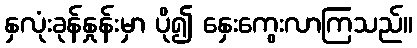
နှလုံးခုန်နှုန်းမှာ ပို၍ နှေးကွေးလာကြသည်။